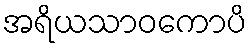
အရိယသာဝကောပိ